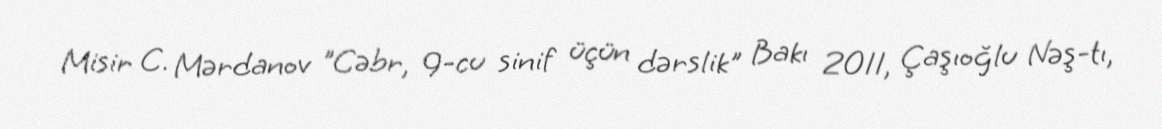
Misir C. Mərdanov "Cəbr, 9-cu sinif üçün dərslik" Bakı 2011, Çaşıoğlu Nəş-tı,